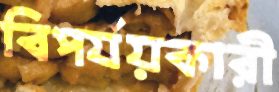
বিপর্যয়কারী